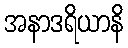
အနာဒရိယာနိ